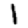
Digit: 1